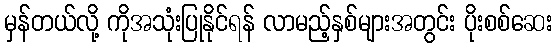
မှန်တယ်လို့ ကိုအသုံးပြုနိုင်ရန် လာမည့်နှစ်များအတွင်း ပိုးစစ်ဆေး